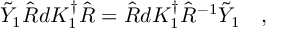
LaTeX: \tilde { Y } _ { 1 } \hat { R } d K _ { 1 } ^ { \dagger } \hat { R } = \hat { R } d K _ { 1 } ^ { \dagger } \hat { R } ^ { - 1 } \tilde { Y } _ { 1 } \quad ,